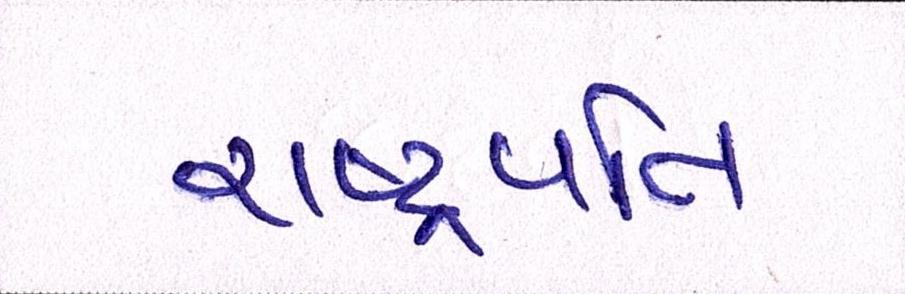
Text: રાષ્ટ્રપતિ